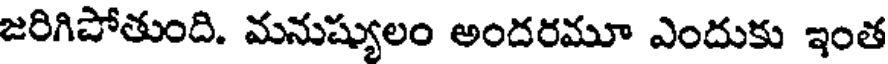
జరిగిపోతుంది. మనుష్యులం అందరమూ ఎందుకు ఇంత